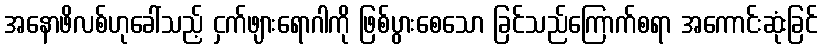
အနောဖိလစ်ဟုခေါ်သည့် ငှက်ဖျားရောဂါကို ဖြစ်ပွားစေသော ခြင်သည်ကြောက်စရာ အကောင်းဆုံးခြင်